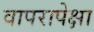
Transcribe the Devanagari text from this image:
वापरापेक्षा